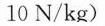
10N/kg)